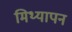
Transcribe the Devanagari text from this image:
मिथ्यापन